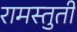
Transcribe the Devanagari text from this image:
रामस्तुती